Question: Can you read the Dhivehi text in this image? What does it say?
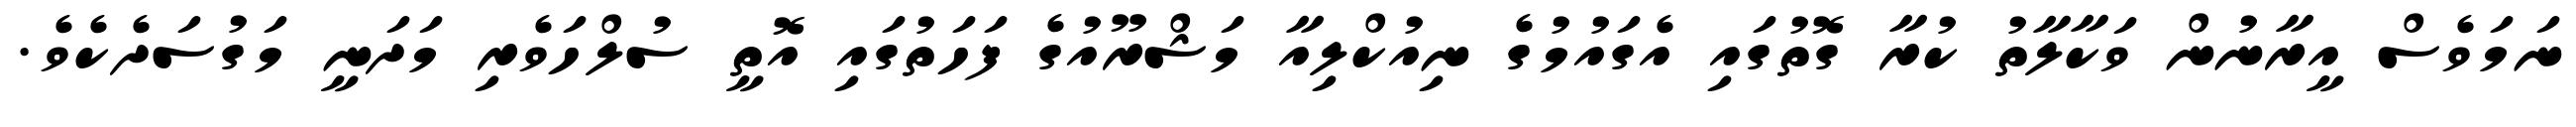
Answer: ނަމަވެސް އީރާނުން ވަކާލާތު ކުރާ ގޮތުގައި އެގައުމުގެ ނިއުކްލިއާ މަޝްރޫއުގެ ފަހަތުގައި އޮތީ ސުލްހަވެރި މަދަނީ މަގުސަދެކެވެ.